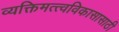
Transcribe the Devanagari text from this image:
व्यक्तिमत्त्वविकासासाठी